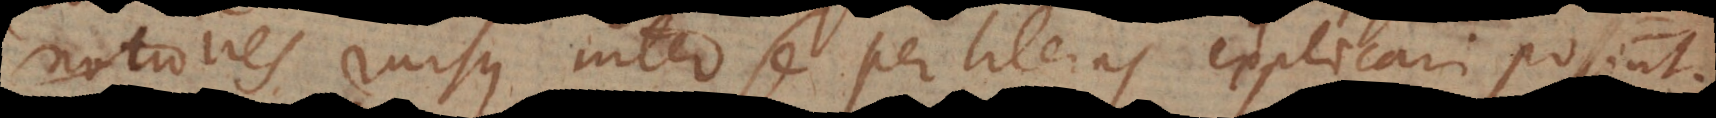
ominationes rursus inter se per literas explicari possi